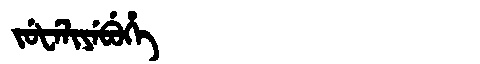
Manchu: ᠵᡠᡶᡝᠯᡳᠶᡝᠪᡠᡥᡝ
Romanization: JUFELIYEBUHE